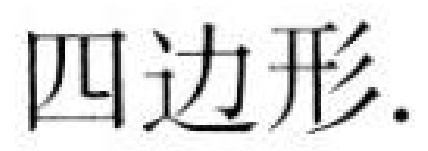
四边形.